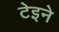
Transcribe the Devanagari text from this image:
टेइने